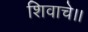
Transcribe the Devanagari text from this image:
शिवाचे।।